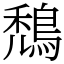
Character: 鵚